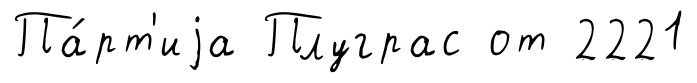
Па́рт'иjа Плуграс от 2221